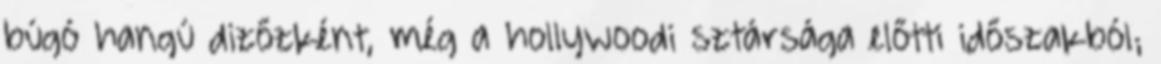
búgó hangú dizőzként, még a hollywoodi sztársága előtti időszakból;